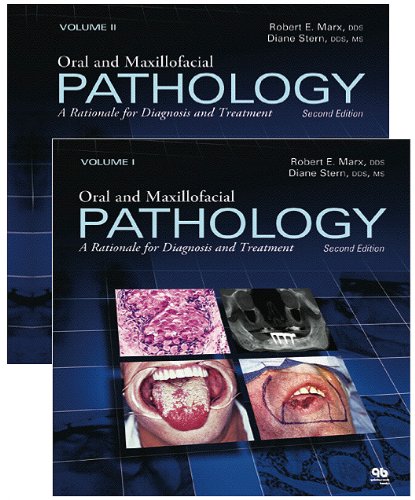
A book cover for Oral and Maxillofacial Pathology: A Rationale for Diagnosis and Treatment; Robert E. Marx; Medical Books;